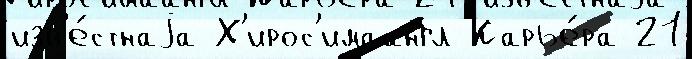
изв'е́стнаjа Х'ирос'имаангл Карье́ра 21